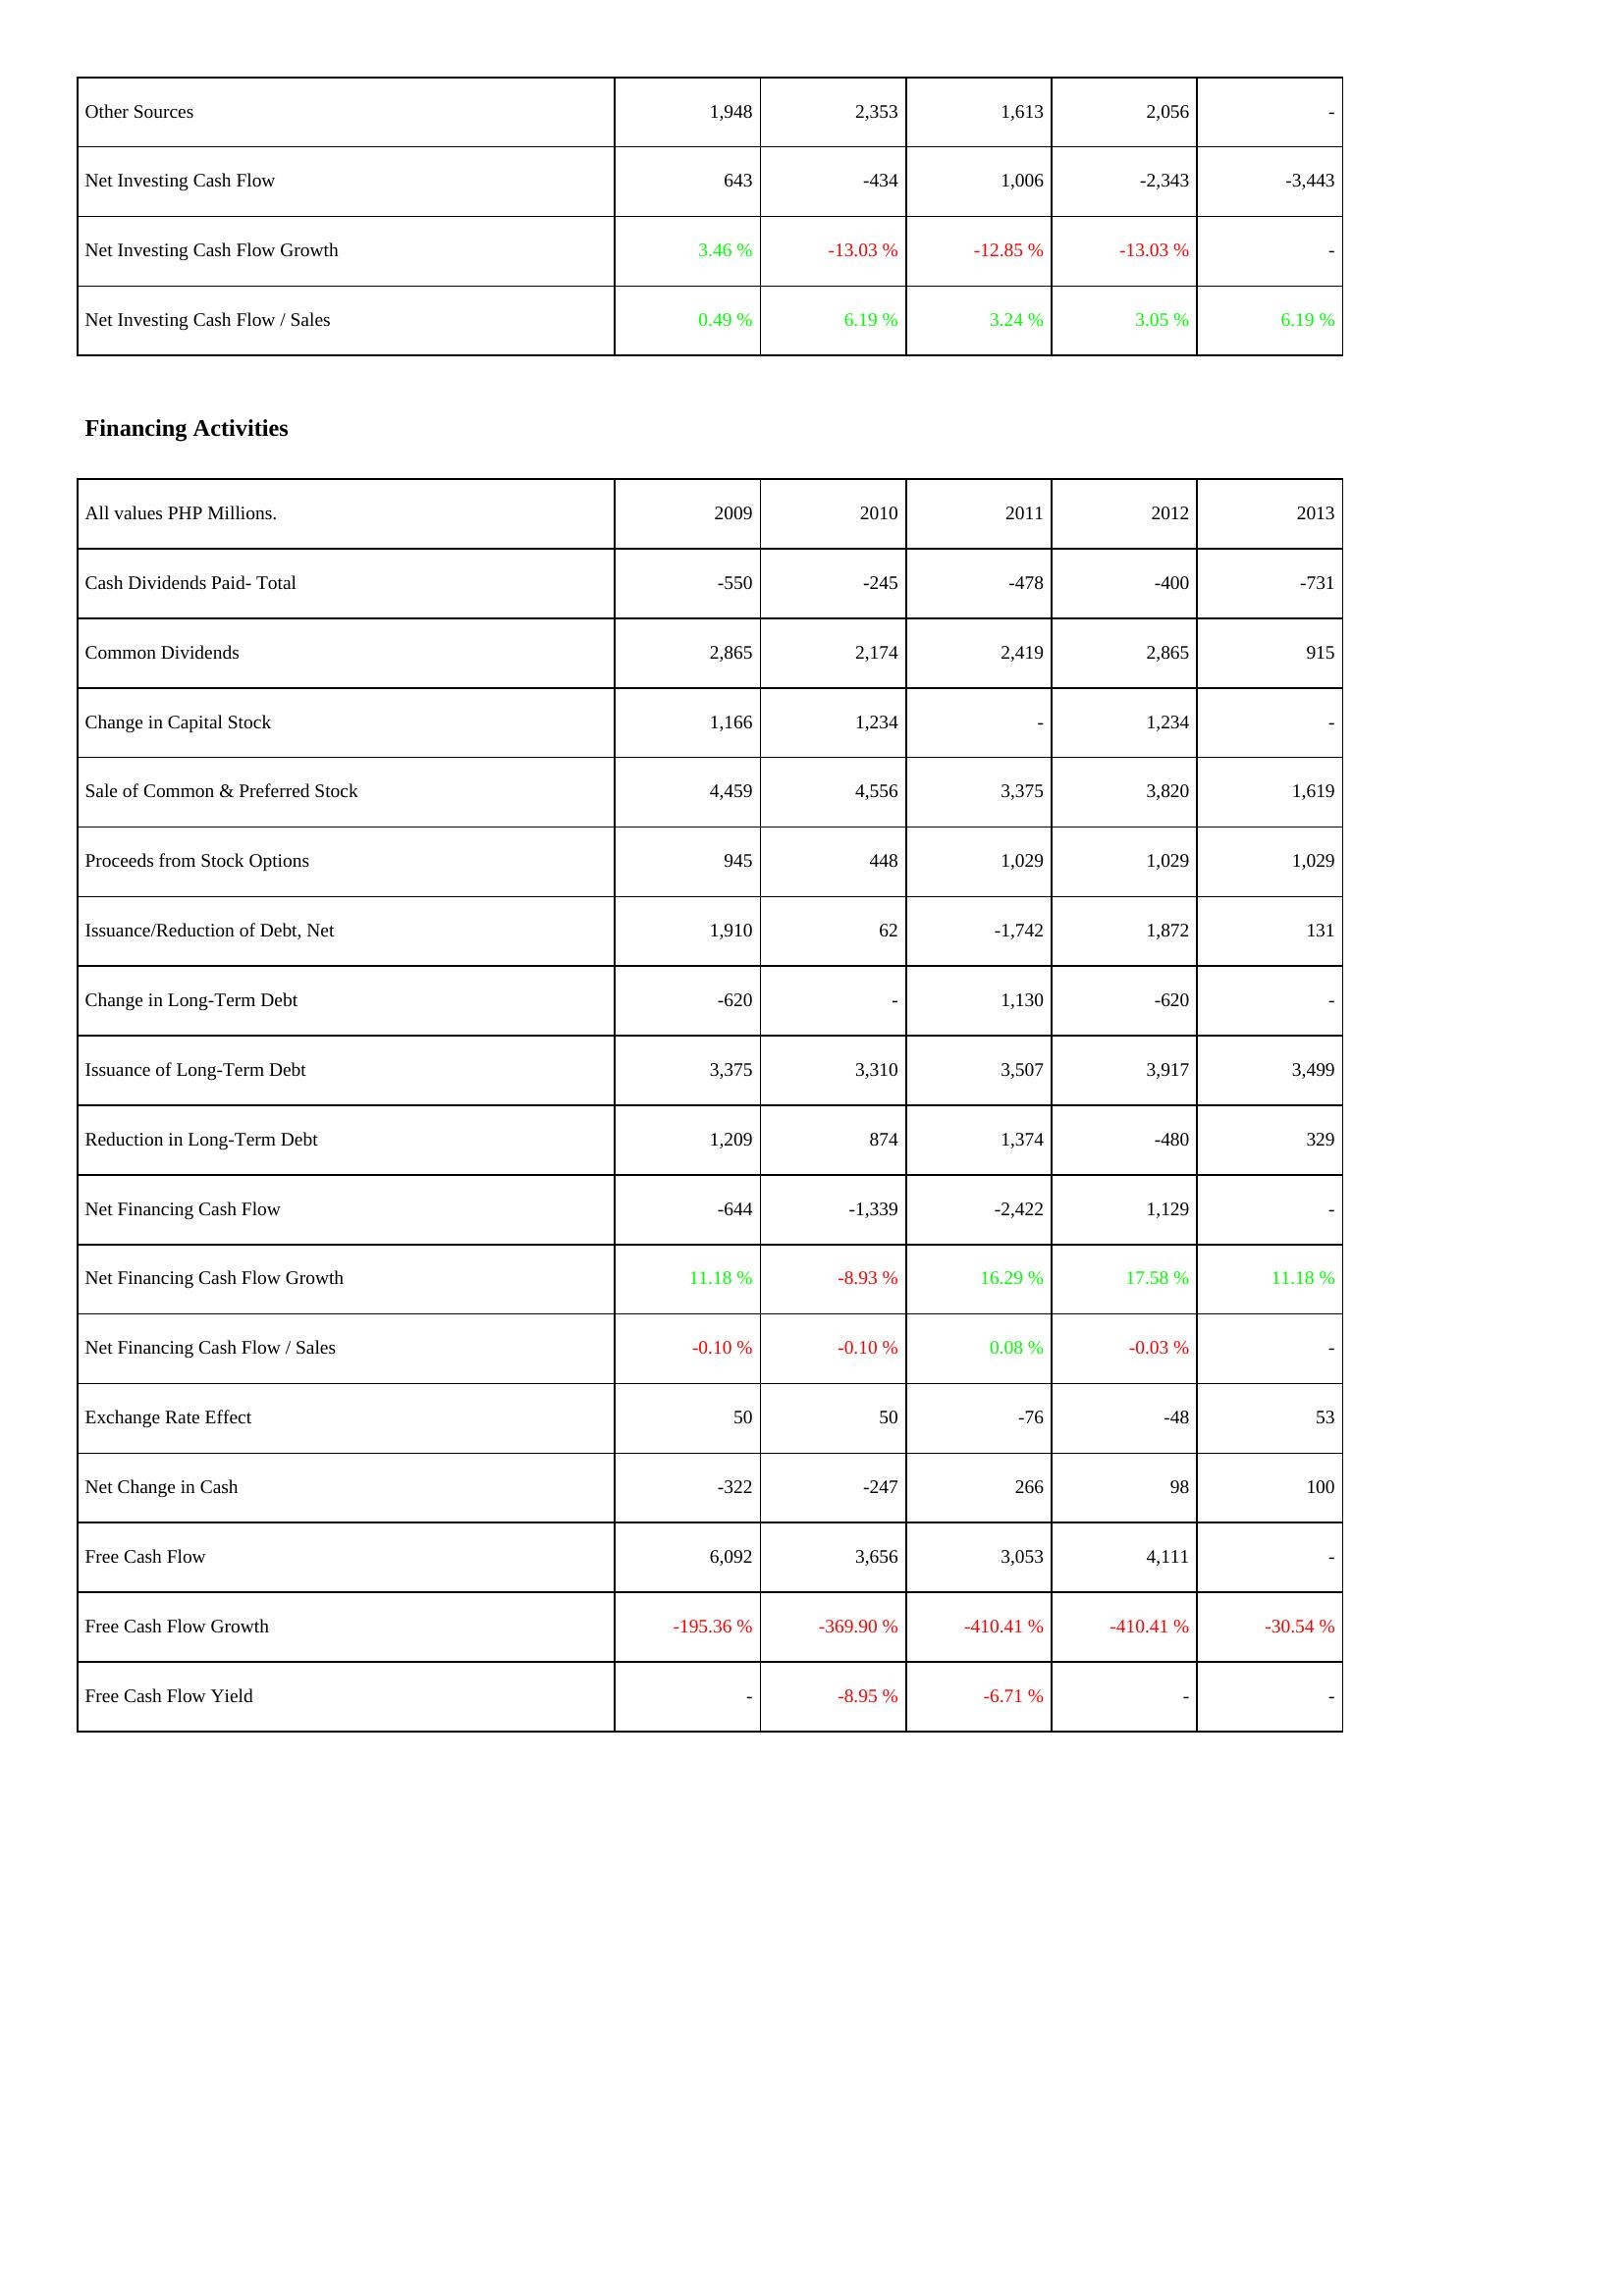
2009: Investing Activities: Other Sources: 1,948
Net Investing Cash Flow: 643
Net Investing Cash Flow Growth: 3.46 %
Net Investing Cash Flow / Sales: 0.49 %
Financing Activities: Cash Dividends Paid- Total: -550
Common Dividends: 2,865
Change in Capital Stock: 1,166
Sale of Common & Preferred Stock: 4,459
Proceeds from Stock Options: 945
Issuance/Reduction of Debt, Net: 1,910
Change in Long-Term Debt: -620
Issuance of Long-Term Debt: 3,375
Reduction in Long-Term Debt: 1,209
Net Financing Cash Flow: -644
Net Financing Cash Flow Growth: 11.18 %
Net Financing Cash Flow / Sales: -0.10 %
Exchange Rate Effect: 50
Net Change in Cash: -322
Free Cash Flow: 6,092
Free Cash Flow Growth: -195.36 %
Free Cash Flow Yield: -
2010: Investing Activities: Other Sources: 2,353
Net Investing Cash Flow: -434
Net Investing Cash Flow Growth: -13.03 %
Net Investing Cash Flow / Sales: 6.19 %
Financing Activities: Cash Dividends Paid- Total: -245
Common Dividends: 2,174
Change in Capital Stock: 1,234
Sale of Common & Preferred Stock: 4,556
Proceeds from Stock Options: 448
Issuance/Reduction of Debt, Net: 62
Change in Long-Term Debt: -
Issuance of Long-Term Debt: 3,310
Reduction in Long-Term Debt: 874
Net Financing Cash Flow: -1,339
Net Financing Cash Flow Growth: -8.93 %
Net Financing Cash Flow / Sales: -0.10 %
Exchange Rate Effect: 50
Net Change in Cash: -247
Free Cash Flow: 3,656
Free Cash Flow Growth: -369.90 %
Free Cash Flow Yield: -8.95 %
2011: Investing Activities: Other Sources: 1,613
Net Investing Cash Flow: 1,006
Net Investing Cash Flow Growth: -12.85 %
Net Investing Cash Flow / Sales: 3.24 %
Financing Activities: Cash Dividends Paid- Total: -478
Common Dividends: 2,419
Change in Capital Stock: -
Sale of Common & Preferred Stock: 3,375
Proceeds from Stock Options: 1,029
Issuance/Reduction of Debt, Net: -1,742
Change in Long-Term Debt: 1,130
Issuance of Long-Term Debt: 3,507
Reduction in Long-Term Debt: 1,374
Net Financing Cash Flow: -2,422
Net Financing Cash Flow Growth: 16.29 %
Net Financing Cash Flow / Sales: 0.08 %
Exchange Rate Effect: -76
Net Change in Cash: 266
Free Cash Flow: 3,053
Free Cash Flow Growth: -410.41 %
Free Cash Flow Yield: -6.71 %
2012: Investing Activities: Other Sources: 2,056
Net Investing Cash Flow: -2,343
Net Investing Cash Flow Growth: -13.03 %
Net Investing Cash Flow / Sales: 3.05 %
Financing Activities: Cash Dividends Paid- Total: -400
Common Dividends: 2,865
Change in Capital Stock: 1,234
Sale of Common & Preferred Stock: 3,820
Proceeds from Stock Options: 1,029
Issuance/Reduction of Debt, Net: 1,872
Change in Long-Term Debt: -620
Issuance of Long-Term Debt: 3,917
Reduction in Long-Term Debt: -480
Net Financing Cash Flow: 1,129
Net Financing Cash Flow Growth: 17.58 %
Net Financing Cash Flow / Sales: -0.03 %
Exchange Rate Effect: -48
Net Change in Cash: 98
Free Cash Flow: 4,111
Free Cash Flow Growth: -410.41 %
Free Cash Flow Yield: -
2013: Investing Activities: Other Sources: -
Net Investing Cash Flow: -3,443
Net Investing Cash Flow Growth: -
Net Investing Cash Flow / Sales: 6.19 %
Financing Activities: Cash Dividends Paid- Total: -731
Common Dividends: 915
Change in Capital Stock: -
Sale of Common & Preferred Stock: 1,619
Proceeds from Stock Options: 1,029
Issuance/Reduction of Debt, Net: 131
Change in Long-Term Debt: -
Issuance of Long-Term Debt: 3,499
Reduction in Long-Term Debt: 329
Net Financing Cash Flow: -
Net Financing Cash Flow Growth: 11.18 %
Net Financing Cash Flow / Sales: -
Exchange Rate Effect: 53
Net Change in Cash: 100
Free Cash Flow: -
Free Cash Flow Growth: -30.54 %
Free Cash Flow Yield: -